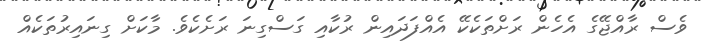
ވެސް ރާއްޖޭގެ އެހެން ރަށްތަކެކޭ އެއްފަދައިން ރުކާއި ގަސްގިނަ ރަށެކެވެ. މާކަށް ގިނައިރުތަކެއް